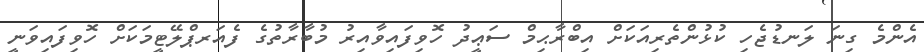
އެންމެ ގިނަ ލަނޑުޖެހި ކުޅުންތެރިއަކަށް އިބްރާޙިމް ސަޢީދު ހޮވިފައިވާއިރު މުބާރާތުގެ ފެއަރޕްލޭޓީމަކަށް ހޮވިފައިވަނީ